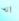
انه